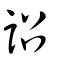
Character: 詔